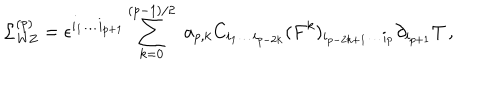
LaTeX: { \cal L } _ { \mathrm { W Z } } ^ { ( p ) } = \epsilon ^ { i _ { 1 } \ldots i _ { p + 1 } } \sum _ { k = 0 } ^ { ( p - 1 ) / 2 } \, \, a _ { p , k } C _ { i _ { 1 } \ldots i _ { p - 2 k } } ( F ^ { k } ) _ { i _ { p - 2 k + 1 } \ldots i _ { p } } \partial _ { i _ { p + 1 } } T \, ,